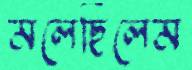
মলেছিলেম